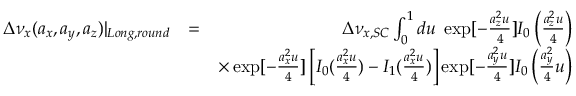
\begin{array} { r l r } { \Delta \nu _ { x } ( a _ { x } , a _ { y } , a _ { z } ) | _ { L o n g , r o u n d } } & { = } & { \Delta \nu _ { x , S C } \int _ { 0 } ^ { 1 } d u \; \exp [ - \frac { a _ { z } ^ { 2 } u } { 4 } ] I _ { 0 } \left( \frac { a _ { z } ^ { 2 } u } { 4 } \right) } \\ & { } & { \times \exp [ - \frac { a _ { x } ^ { 2 } u } { 4 } ] \left[ I _ { 0 } ( \frac { a _ { x } ^ { 2 } u } { 4 } ) - I _ { 1 } ( \frac { a _ { x } ^ { 2 } u } { 4 } ) \right] \exp [ - \frac { a _ { y } ^ { 2 } u } { 4 } ] I _ { 0 } \left( \frac { a _ { y } ^ { 2 } } { 4 } u \right) } \end{array}